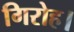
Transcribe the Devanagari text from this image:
गिरोह।